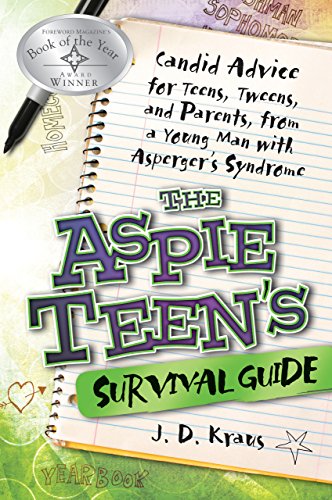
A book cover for The Aspie Teen's Survival Guide: Candid Advice for Teens, Tweens, and Parents, from a Young Man with Asperger's Syndrome; J. D. Kraus; Health, Fitness & Dieting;